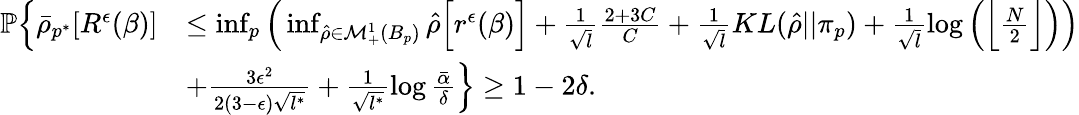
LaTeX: \begin{array}{rl}{\mathbb{P}\Big\{ \bar{\rho}_{p^{*}}[R^{\epsilon}(\beta)]}&{\leq\operatorname*{inf}_{p}\Big(\operatorname*{inf}_{\hat{\rho}\in\mathcal{M}_{+}^{1}(B_{p})}\hat{\rho}\Big[r^{\epsilon}(\beta)\Big]+\frac{1}{\sqrt{l}}\frac{2+3C}{C}+\frac{1}{\sqrt{l}}KL(\hat{\rho}||\pi_{p})+\frac{1}{\sqrt{l}}\log\Big(\Big\lfloor\frac{N}{2}\Big\rfloor\Big)\Big)}\\ &{+\frac{3\epsilon^{2}}{2(3-\epsilon)\sqrt{l^{*}}}+\frac{1}{\sqrt{l^{*}}}\log\frac{\bar{\alpha}}{\delta}\Big\} \geq 1-2\delta.}\end{array}